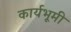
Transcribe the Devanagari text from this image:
कार्यभूमी